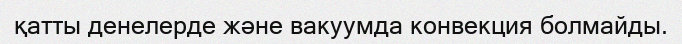
қатты денелерде және вакуумда конвекция болмайды.